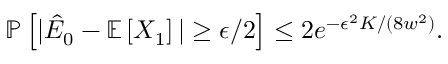
\begin{array} { r } { \mathbb { P } \left[ | \hat { E } _ { 0 } - \mathbb { E } \left[ X _ { 1 } \right] | \ge \epsilon / 2 \right] \le 2 e ^ { - \epsilon ^ { 2 } K / ( 8 w ^ { 2 } ) } . } \end{array}